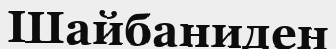
Шайбаниден